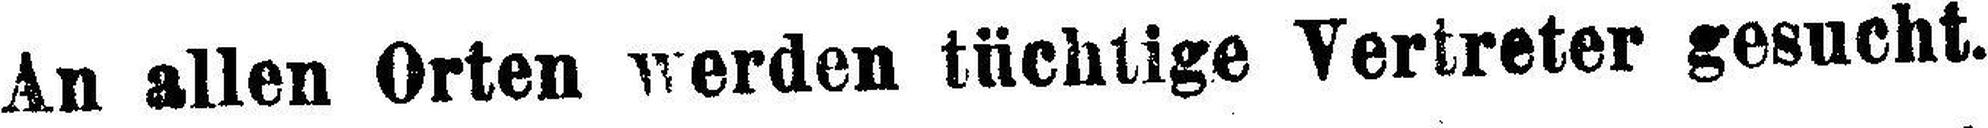
An allen Orten werden tüchtige Vertreter gesucht.